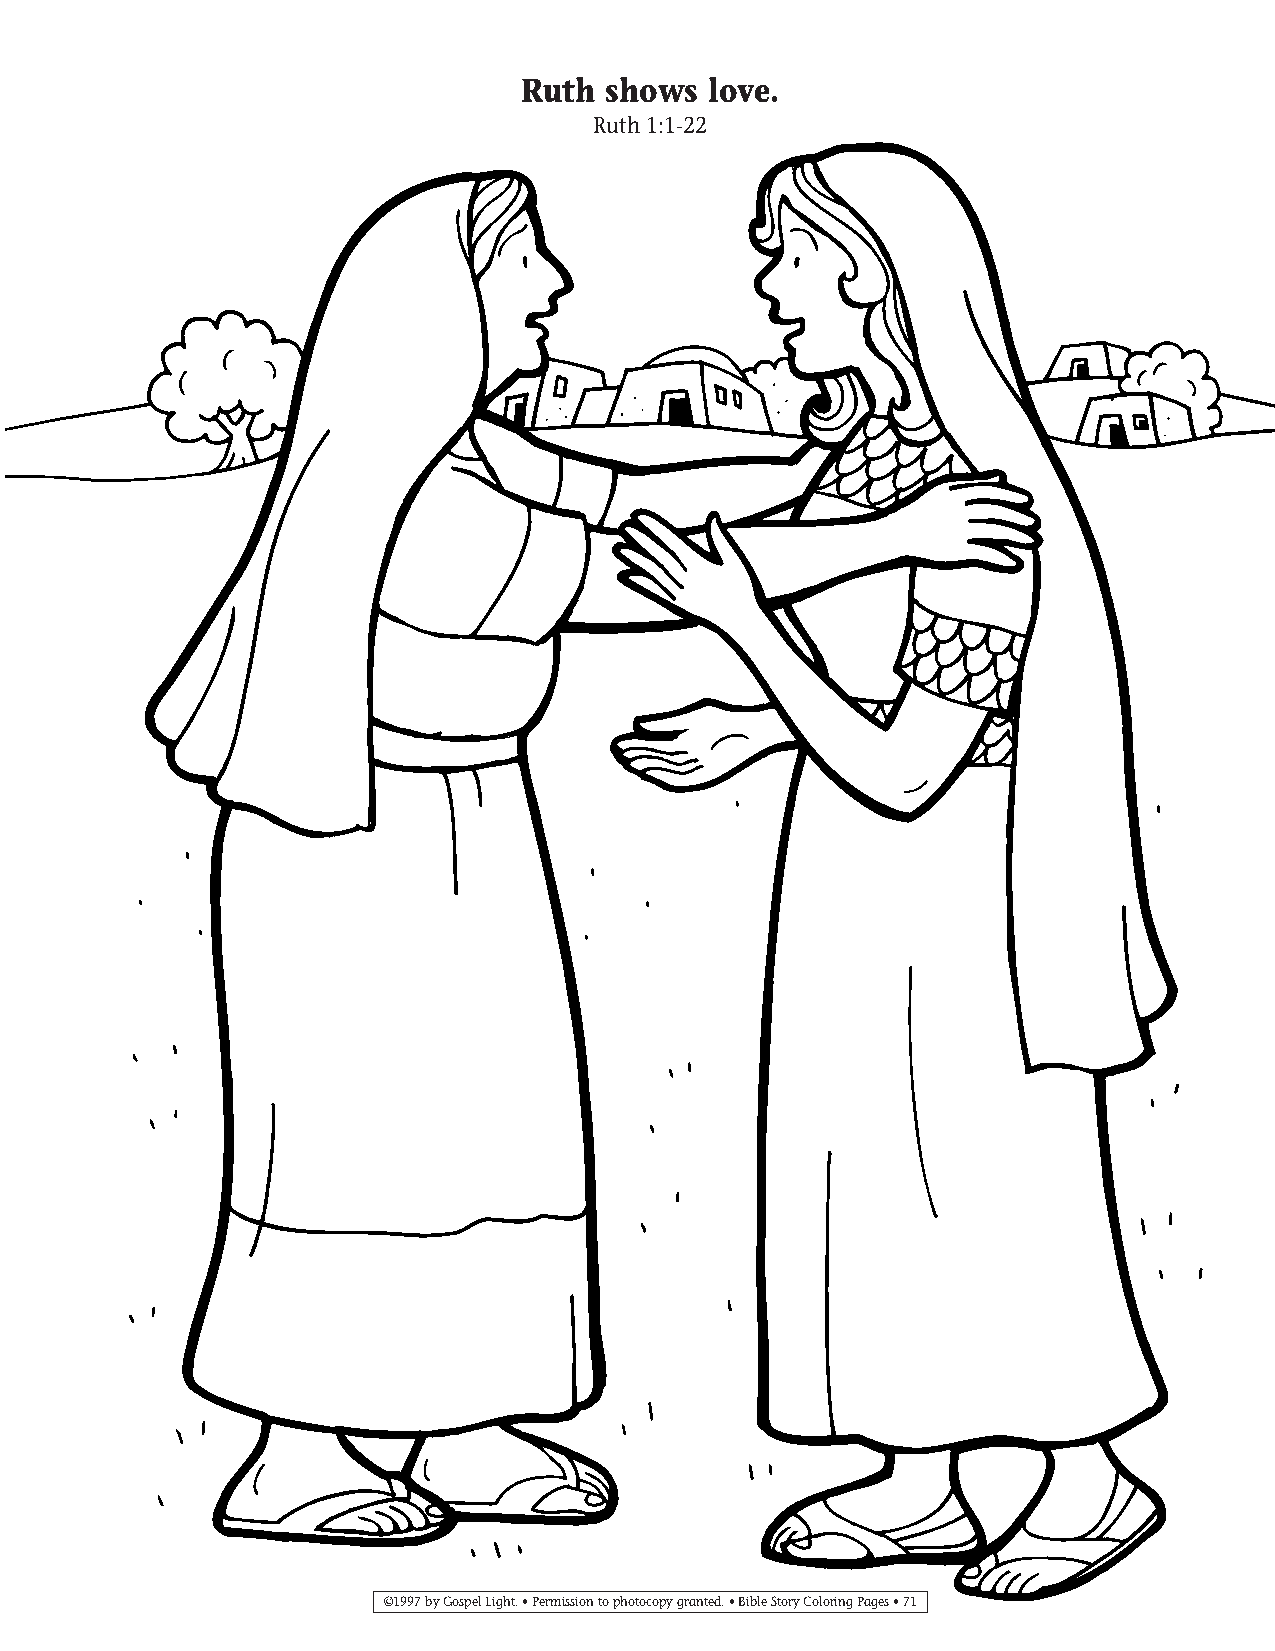
065-94 Coloring pgs_065-94 Coloring pgs 2/19/14 11:46 AM Page 71
 Ruth  shows love.
 Ruth 1:1-22
 ©1997 by Gospel Light. • Permission to photocopy granted. • Bible Story Coloring Pages • 71